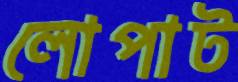
লোপাট